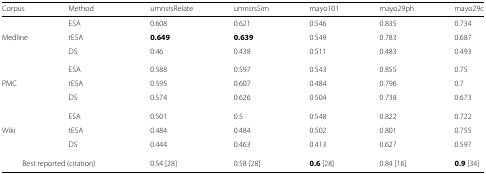
| Corpus | Method | umnsrsRelate | umnsrsSim | mayo101 | mayo29ph | mayo29c |
 | --- | --- | --- | --- | --- | --- | --- |
 |  | ESA | 0.608 | 0.621 | 0.546 | 0.835 | 0.734 |
 | Medline | tESA | 0.649 | 0.639 | 0.549 | 0.783 | 0.687 |
 |  | DS | 0.46 | 0.438 | 0.511 | 0.483 | 0.493 |
 |  | ESA | 0.588 | 0.597 | 0.543 | 0.855 | 0.75 |
 | PMC | tESA | 0.595 | 0.607 | 0.484 | 0.796 | 0.7 |
 |  | DS | 0.574 | 0.626 | 0.504 | 0.738 | 0.673 |
 |  | ESA | 0.501 | 0.5 | 0.548 | 0.822 | 0.722 |
 | Wiki | tESA | 0.484 | 0.484 | 0.502 | 0.801 | 0.755 |
 |  | DS | 0.444 | 0.463 | 0.413 | 0.627 | 0.597 |
 | <COLSPAN=2> Best reported (citation) | 0.54 [28] | 0.58 [28] | 0.6 [28] | 0.84 [16] | 0.9 [34] |